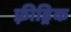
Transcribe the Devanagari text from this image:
फ़्रीड्रिक